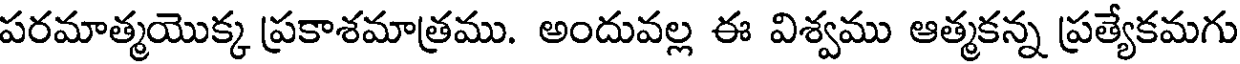
పరమాత్మయొక్క ప్రకాశమాత్రము. అందువల్ల ఈ విశ్వము ఆత్మకన్న ప్రత్యేకమగు